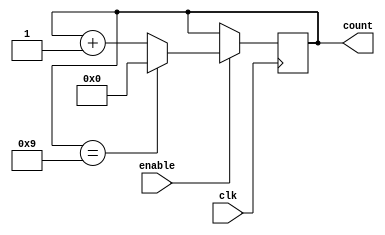
module BCD_Up_Counter_with_Enable (
    input wire clk,
    input wire enable,
    output reg [3:0] count
);

always @ (posedge clk) begin
    if (enable) begin
        if (count == 4'b1001)
            count <= 4'b0000;
        else
            count <= count + 1;
    end
end

endmodule